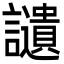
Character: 讉